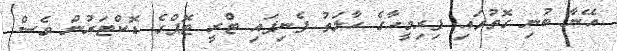
އޭނާ ބުނި ގޮތުގައި ފިރިމީހާގެ ހާލަތު ފެނިފައި ޓްރީ ޓޮޕްގެ ޑޮކްޓަރުން ވެސް